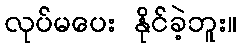
လုပ်မပေး နိုင်ခဲ့ဘူး။